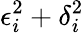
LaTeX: \epsilon_{i}^{2}+\delta_{i}^{2}